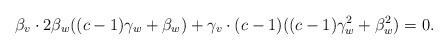
LaTeX: \begin{align*} \beta_v\cdot 2\beta_w((c-1)\gamma_w+\beta_w) + \gamma_v\cdot (c-1)((c-1)\gamma_w^2+\beta_w^2) = 0.\end{align*}